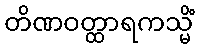
တိဏဝတ္ထာရကသ္မိံ